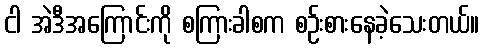
ငါ အဲဒီအကြောင်းကို စကြားခါစက စဉ်းစားနေခဲ့သေးတယ်။